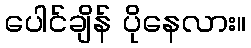
ပေါင်ချိန် ပိုနေလား။